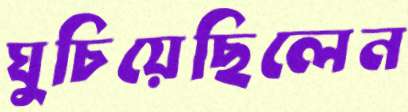
ঘুচিয়েছিলেন